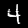
Digit: 4